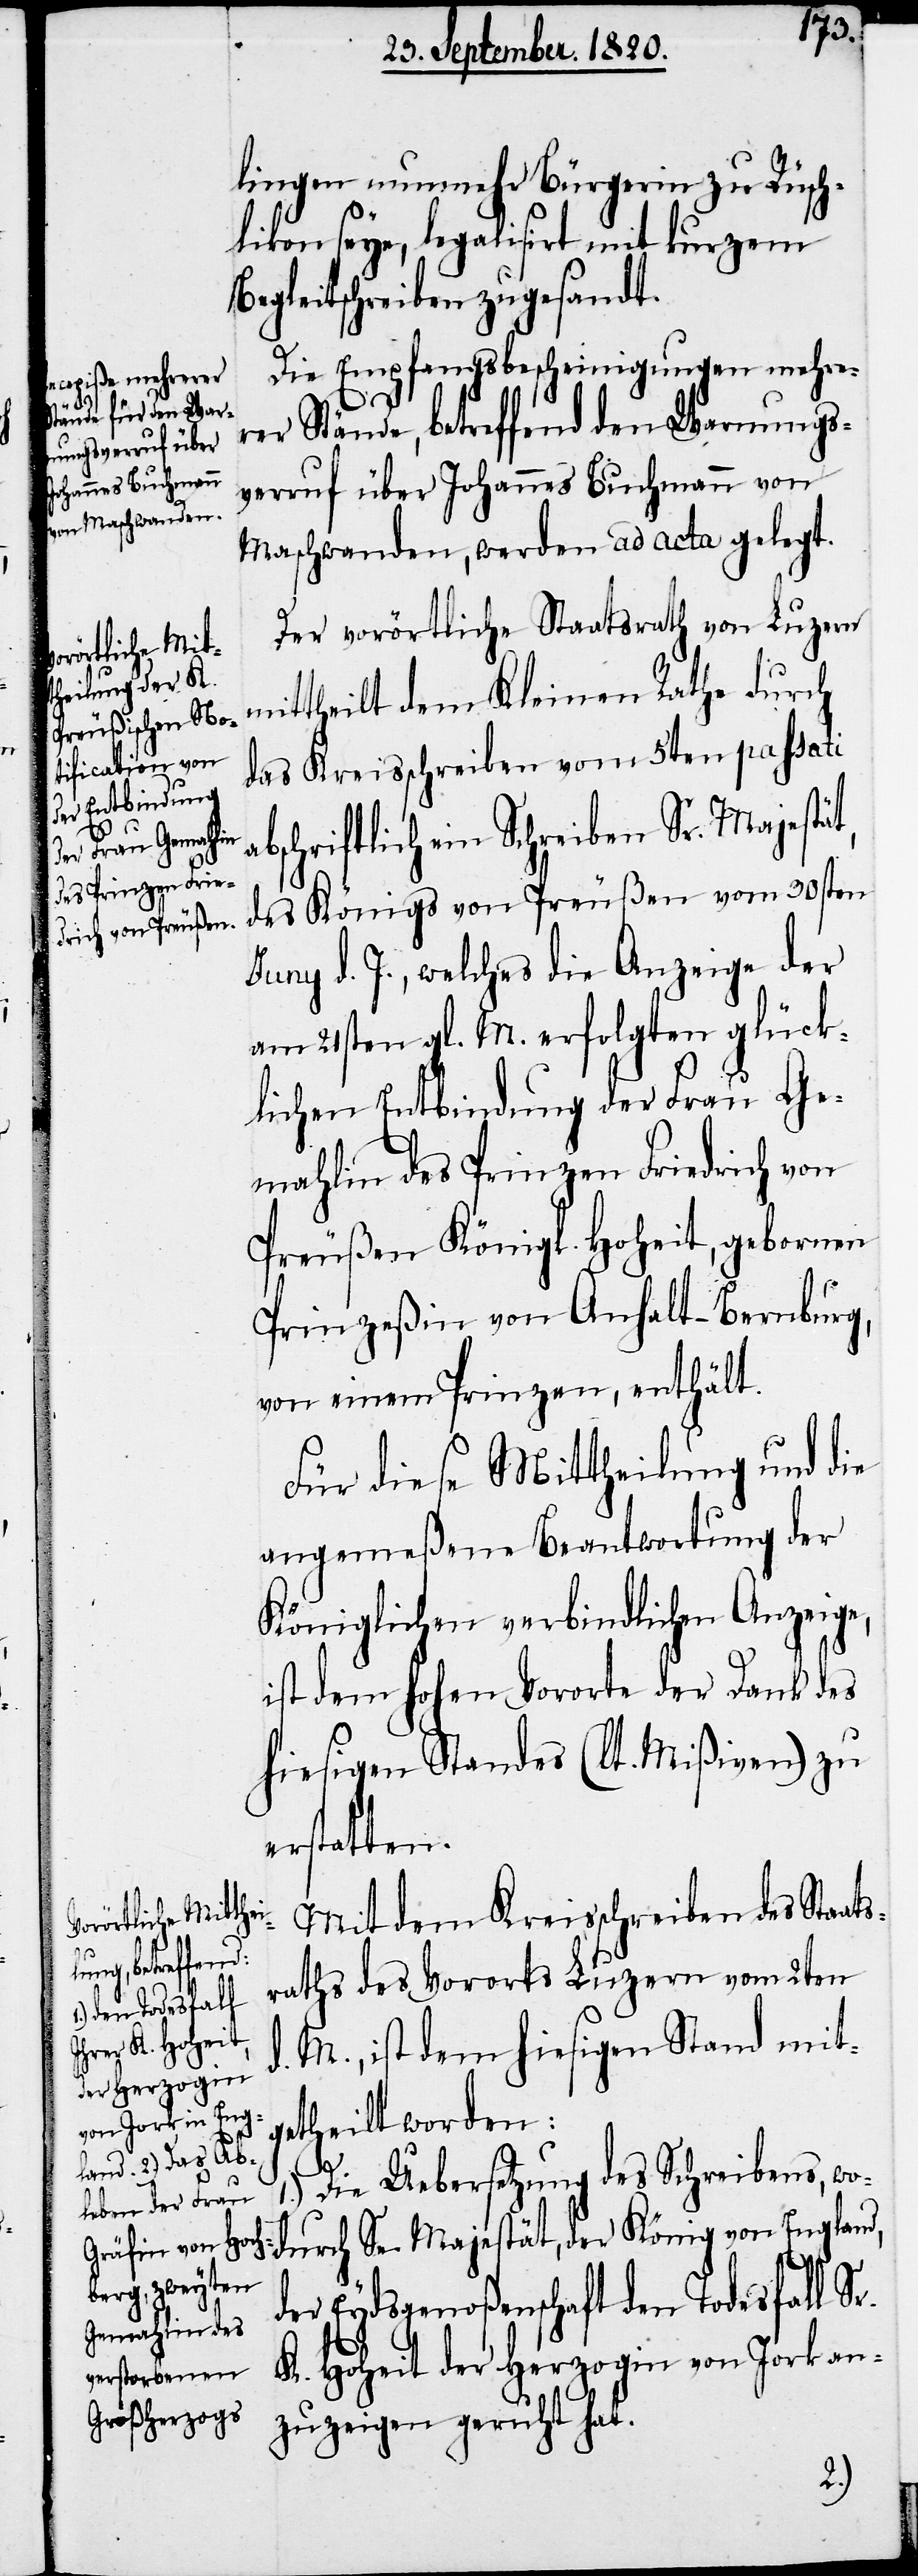
lingen nunmehr Bürgerin zu Rüsch¬
likon seye, legalisirt mit kurzem
Begleitschreiben zugesandt.
Die Empfangsbescheinigungen mehre¬
rer Stände, betreffend den Warnungs¬
verruf über Johannes Buchmann von
Maschwanden, werden ad acta gelegt.
Der vorörtliche Staatsrath von Luzern
mittheilt dem Kleinen Rathe durch
das Kreisschreiben vom 5ten passati
bschriftlich ein Schreiben Sr. Majestä¬
des Königs von Preußen vom 30sten
Juny d. J., welches die Anzeige der
am 21sten gl. M. erfolgten glück¬
lichen Entbindung der Frau Ge¬
mahlin des Prinzen Friedrich von
Preußen Königl. Hoheit, gebornen
Prinzeßin von Anhalt-Bernburg,
von einem Prinzen, enthält.
Für diese Mittheilung und die
angemeßene Beantwortung der
Königlichen verbindlichen Anzeige,
ist dem hohen Vororte der Dank des
hiesigen Standes (lt. Mißiven) zu
erstatten.
Mit dem Kreisschreiben des Staat¬
England,
sraths des Vororts Luzern vom 2ten
d. M., ist dem hiesigen Stand mit¬
getheilt worden:
der
1.) Die Uebersetzung des Schreibens, wo¬
der Eydsgenoßenschaft den Todesfall S¬
K. Hoheit der Herzogin von Jork an¬
zuzeigen geruht hat.
r.